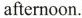
afteroon.